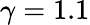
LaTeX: \gamma=1.1